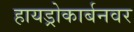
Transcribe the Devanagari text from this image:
हायड्रोकार्बनवर